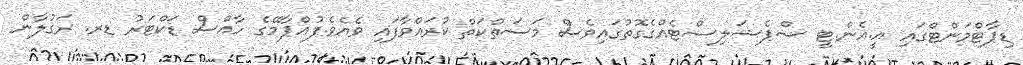
ޑިޕާޓްމަންޓްގައި އީ.އެން.ޓީ ސްޕެޝަލިސްޓެއްގެގޮތުގައިވެސް މަސަތްކަތް ކުރައްވާފައި ވެއެވެ.ފުއްޕާމޭގެ ހާއްސް ޑަކްޓަރު ޑރ. ރަގުލާން